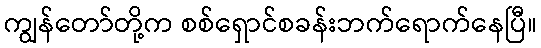
ကျွန်တော်တို့က စစ်ရှောင်စခန်းဘက်ရောက်နေပြီ။